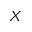
X